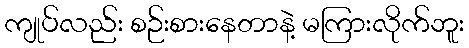
ကျုပ်လည်း စဉ်းစားနေတာနဲ့ မကြားလိုက်ဘူး